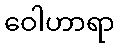
ဝေါဟာရာ